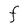
Character: F